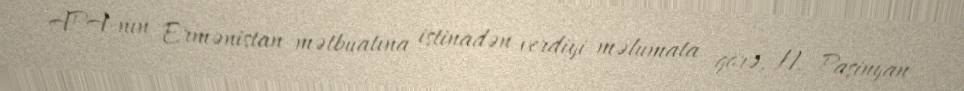
APA-nın Ermənistan mətbuatına istinadən verdiyi məlumata görə, N. Paşinyan